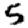
Digit: 5